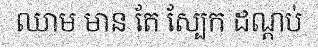
ឈាម មាន តែ ស្បែក ដណ្តប់